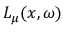
L _ { \mu } ( x , \omega )